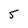
Character: 5